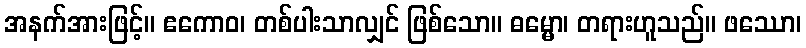
အနက်အားဖြင့်။ ဧကောဝ၊ တစ်ပါးသာလျှင် ဖြစ်သော။ ဓမ္မော၊ တရားဟူသည်။ ဖဿော၊